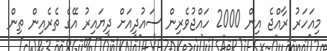
މިއަހަރު ރާއްޖެ އިން 2000 ހައްޖުވެރިން ސައުދީއަށް ދިޔައިރު އޭގެ ތެރެއިން ތިން